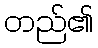
တည်၏